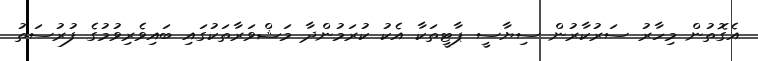
އެގޮތުން މިހާރު ސަރުކާރުން ސިޔާސީ ޕާޓީތަކާ އެކު ކުރަމުންދާ މަޝްވަރާތަކުގައި ބައިވެރިވުމުގެ ފުރުސަތު